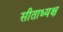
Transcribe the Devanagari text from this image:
सीताध्यक्ष